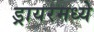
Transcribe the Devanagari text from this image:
ड्रायरमध्ये